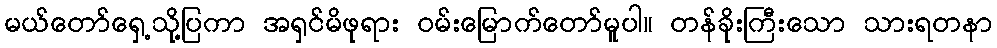
မယ်တော်ရှေ့သို့ပြကာ အရှင်မိဖုရား ဝမ်းမြောက်တော်မူပါ။ တန်ခိုးကြီးသော သားရတနာ